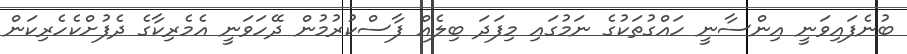
ބުނެފައިވަނީ އިންސާނީ ހައްގުތަކުގެ ނަމުގައި މިފަދަ ބިލެއް ފާސްކުރުމުން ދޭހަވަނީ އެމެރިކާގެ ދެފުށްކެހެރިކަން